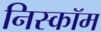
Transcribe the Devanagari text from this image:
निस्कॉम